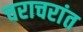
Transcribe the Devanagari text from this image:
चराचरांत